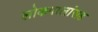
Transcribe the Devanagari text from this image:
लोकपालांसह